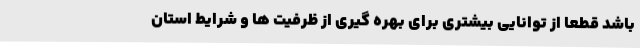
باشد قطعا از توانایی بیشتری برای بهره گیری از ظرفیت ها و شرایط استان